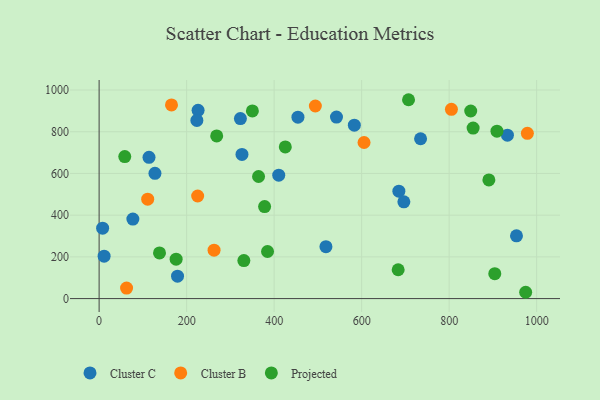
{"axis": {"x": "Experience", "y": "Exam Score"}, "legend": ["Cluster B", "Cluster C", "Projected"], "data": [{"x": "583.3", "y": 831.7, "type": "Cluster C"}, {"x": "11.4", "y": 203.6, "type": "Cluster C"}, {"x": "77.1", "y": 381.2, "type": "Cluster C"}, {"x": "542.5", "y": 870.2, "type": "Cluster C"}, {"x": "226.2", "y": 902.8, "type": "Cluster C"}, {"x": "685.1", "y": 514.8, "type": "Cluster C"}, {"x": "322.9", "y": 863.3, "type": "Cluster C"}, {"x": "127.6", "y": 600.7, "type": "Cluster C"}, {"x": "734.7", "y": 766.3, "type": "Cluster C"}, {"x": "933.2", "y": 783.4, "type": "Cluster C"}, {"x": "326.5", "y": 691.2, "type": "Cluster C"}, {"x": "410.5", "y": 591.7, "type": "Cluster C"}, {"x": "114.0", "y": 677.1, "type": "Cluster C"}, {"x": "8.0", "y": 337.8, "type": "Cluster C"}, {"x": "223.4", "y": 854.2, "type": "Cluster C"}, {"x": "696.5", "y": 464.1, "type": "Cluster C"}, {"x": "953.9", "y": 300.8, "type": "Cluster C"}, {"x": "179.2", "y": 107.6, "type": "Cluster C"}, {"x": "454.4", "y": 869.9, "type": "Cluster C"}, {"x": "518.4", "y": 248.7, "type": "Cluster C"}, {"x": "62.7", "y": 50.5, "type": "Cluster B"}, {"x": "978.8", "y": 792.5, "type": "Cluster B"}, {"x": "225.2", "y": 492.0, "type": "Cluster B"}, {"x": "262.7", "y": 232.0, "type": "Cluster B"}, {"x": "605.5", "y": 748.3, "type": "Cluster B"}, {"x": "494.2", "y": 923.4, "type": "Cluster B"}, {"x": "165.4", "y": 928.6, "type": "Cluster B"}, {"x": "805.2", "y": 907.7, "type": "Cluster B"}, {"x": "111.0", "y": 476.6, "type": "Cluster B"}, {"x": "909.3", "y": 802.6, "type": "Projected"}, {"x": "378.2", "y": 441.3, "type": "Projected"}, {"x": "138.0", "y": 219.1, "type": "Projected"}, {"x": "268.7", "y": 780.1, "type": "Projected"}, {"x": "904.3", "y": 119.5, "type": "Projected"}, {"x": "364.4", "y": 585.3, "type": "Projected"}, {"x": "350.3", "y": 899.9, "type": "Projected"}, {"x": "330.8", "y": 182.2, "type": "Projected"}, {"x": "384.9", "y": 225.9, "type": "Projected"}, {"x": "176.0", "y": 188.9, "type": "Projected"}, {"x": "58.6", "y": 680.9, "type": "Projected"}, {"x": "425.5", "y": 727.4, "type": "Projected"}, {"x": "707.2", "y": 953.5, "type": "Projected"}, {"x": "854.8", "y": 817.6, "type": "Projected"}, {"x": "890.8", "y": 569.1, "type": "Projected"}, {"x": "683.5", "y": 138.3, "type": "Projected"}, {"x": "849.3", "y": 899.4, "type": "Projected"}, {"x": "974.9", "y": 30.3, "type": "Projected"}]}